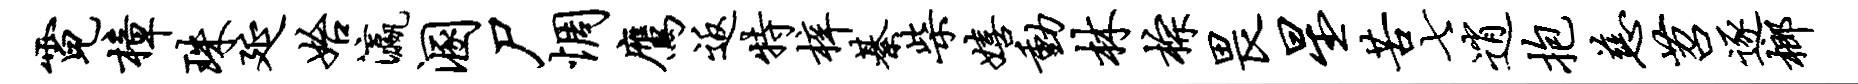
霓樟珠延始瀛溷尸惆鹰返特梓綦柴嬉动林棕畏星苦七逍抱慈苕逐榔